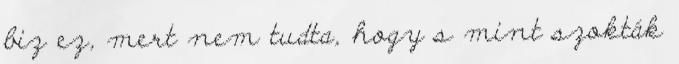
biz ez, mert nem tudta, hogy s mint szokták